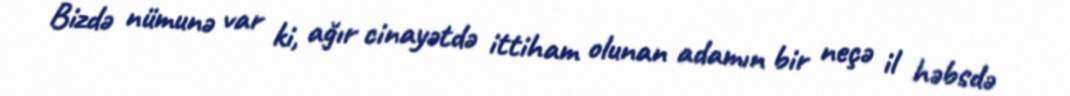
Bizdə nümunə var ki, ağır cinayətdə ittiham olunan adamın bir neçə il həbsdə